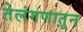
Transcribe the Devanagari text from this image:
तेलंगणातून